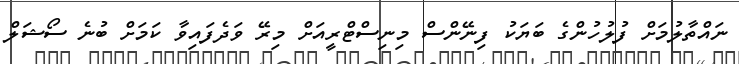
ނައްތާލުމަށް ފުލުހުންގެ ބަޔަކު ފިނޭންސް މިނިސްޓްރީއަށް މިރޭ ވަދެފައިވާ ކަމަށް ބުނެ ސޯޝަލް